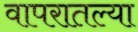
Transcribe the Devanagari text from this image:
वापरातल्या